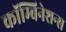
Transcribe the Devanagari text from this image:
कॉम्बिनेशन्स